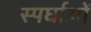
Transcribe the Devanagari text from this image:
स्पर्घाओं